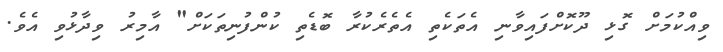
ވިއްކުމަށް ގޮޅި ދޫކޮށްފައިވާނި އެތަކެތި އެތެރެކުރާ ބޮޑެތި ކުންފުނިތަކަށް" އާމިރު ވިދާޅުވި އެވެ.